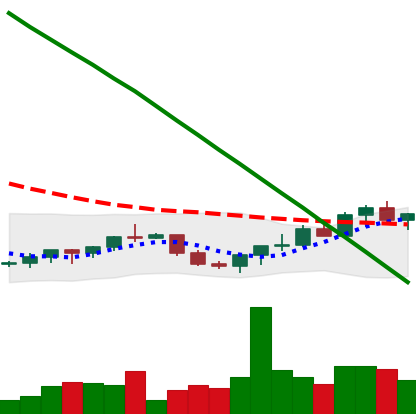
Ticker: XRP-USD
Chart end date: 2022-07-21
Forward return: -7.961%
Label: down_7plus